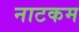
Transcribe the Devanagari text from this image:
नाटकम